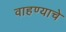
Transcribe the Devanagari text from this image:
वाहण्याचे